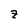
Character: z